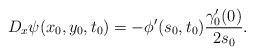
LaTeX: \begin{align*}D_x \psi (x_0, y_0, t_0)=-\phi'(s_0, t_0)\frac{\gamma'_0(0)}{2s_0}. \end{align*}